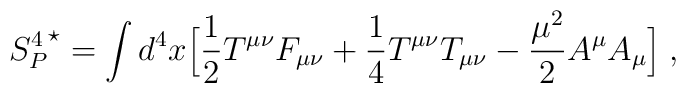
{S_{P}^4}^{\star}=\int d^4x\Bigl[{1 \over 2}T^{\mu\nu}F_{\mu\nu}+{1 \over 4}T^{\mu\nu}T_{\mu\nu}-{{\mu}^2 \over 2}A^{\mu}A_{\mu}\Bigl]\; ,